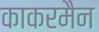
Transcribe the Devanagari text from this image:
काकरमैन